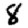
Digit: 8